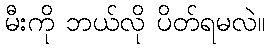
မီးကို ဘယ်လို ပိတ်ရမလဲ။